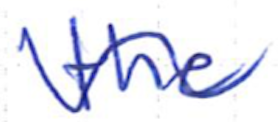
Text: the
Cross-out: wave
Writing tool: ballpoint